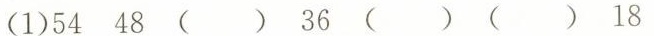
(1)54 48 () 36 () () 18